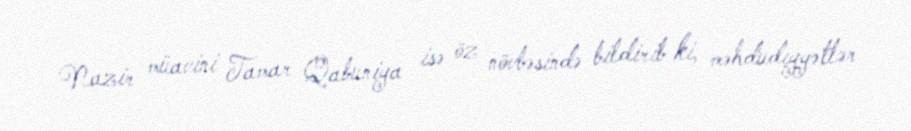
Nazir müavini Tamar Qabuniya isə öz növbəsində bildirib ki, məhdudiyyətlər